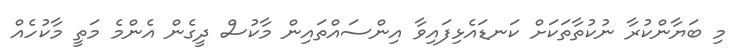
މި ބަޔާންކުރާ ނުކުތާތަކަށް ކަނޑައެޅިފައިވާ އިންސައްތައިން މާކުސް ދީގެން އެންމެ މަތީ މާކުހެއް